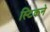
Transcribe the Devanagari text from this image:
स्टिकने